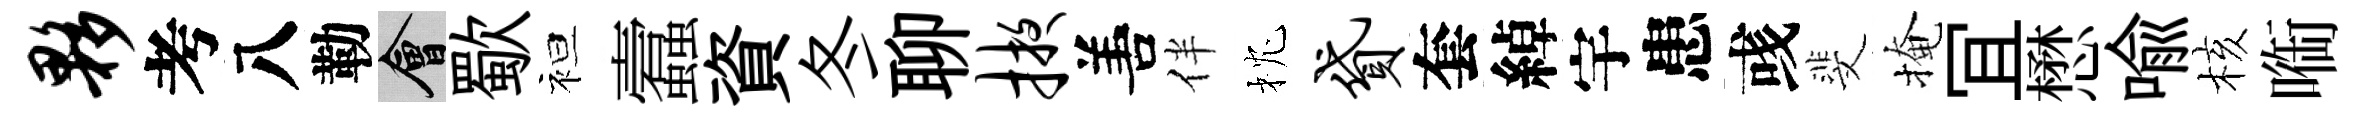
夥考八勒會歜袒蠧資冬聊掖𠵊伴枕贷套綽宇患彧斐掩冝懋喩核㗸